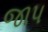
જાપ